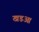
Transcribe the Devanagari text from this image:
खडआ